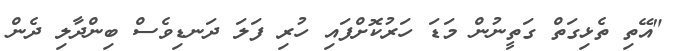
"އޭތި ތެޅިގަތް ގަތީނުން މަޑަ ހަރުކޮށްފައި ހުރި ފަލަ ދަނޑިވެސް ބިންދާލި ދެން